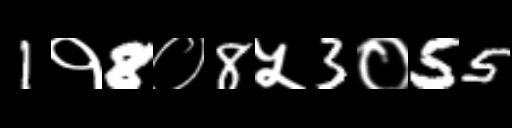
Text: 1१8०8५3०55